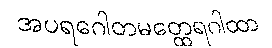
အပရဂေါတမတ္ထေရဂါထာ